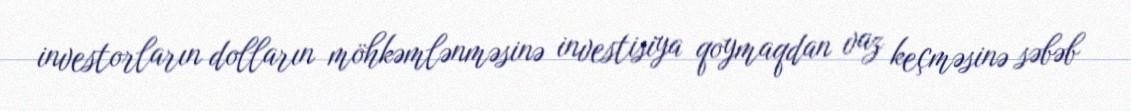
investorların dolların möhkəmlənməsinə investisiya qoymaqdan vaz keçməsinə səbəb